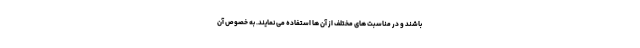
باشند و در مناسبت های مختلف از آن ها استفاده می نمایند. به خصوص آن